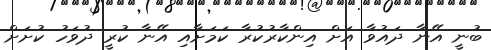
ބުނީ އޭނާ ދައުވާ އަށް އިންކާރުކުރާ ކަމަށާއި އޭނާ ކުރީ ދުވަހު ކުށަށް